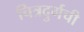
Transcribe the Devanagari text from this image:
चित्रदुर्गची